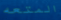
المتعه